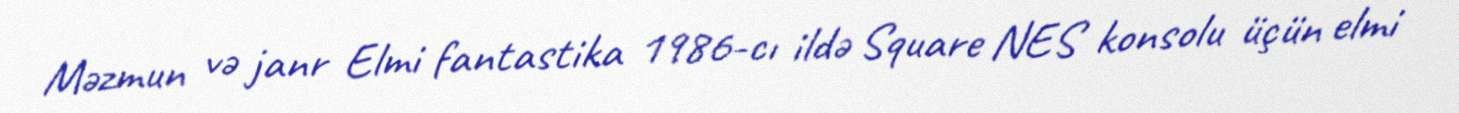
Məzmun və janr Elmi fantastika 1986-cı ildə Square NES konsolu üçün elmi